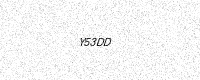
Text: Y53DD